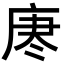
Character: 𫷯